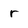
Character: r